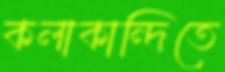
কলাকান্দিতে